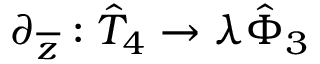
\partial _ { \overline { { { z } } } } : \hat { T } _ { 4 } \rightarrow \lambda \hat { \Phi } _ { 3 }